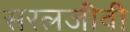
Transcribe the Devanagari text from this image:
सरलजीवी